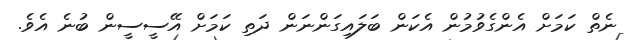
ނެތް ކަމަށް އެންގެވުމުން އެކަން ބަލައިގަންނަން ދަތި ކަމަށް އޭސީސީން ބުނެ އެވެ.